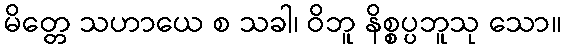
မိတ္တေ သဟာယေ စ သခါ၊ ဝိဘူ နိစ္စပ္ပဘူသု သော။